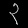
Digit: ၃